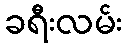
ခရီးလမ်း